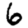
Digit: 6